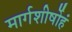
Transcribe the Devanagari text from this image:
मार्गशीर्षोहं